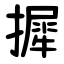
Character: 摨